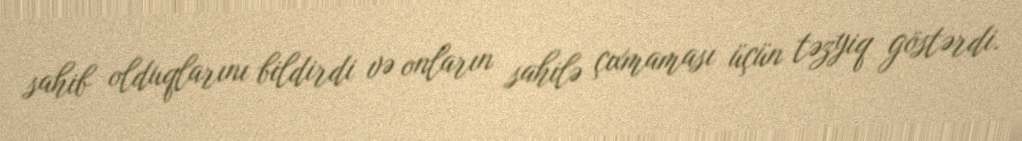
sahib olduqlarını bildirdi və onların sahilə çıxmaması üçün təzyiq göstərdi.